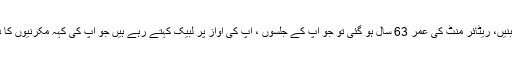
معاشی ہلاکو خان نہ بنیں، ریٹائر منٹ کی عمر 63 سال ہو گئی تو جو آپ کے جلسوں ، آپ کی آواز پر لبیک کہتے رہے ہیں جو آپ کی کہہ مکرنیوں کا دفاع کرتے رہے ہیں۔